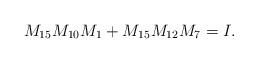
LaTeX: \begin{align*}M_{15}M_{10}M_{1} + M_{15}M_{12}M_{7} &= I.\end{align*}